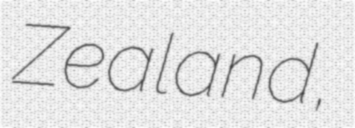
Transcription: Zealand,